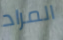
المراد